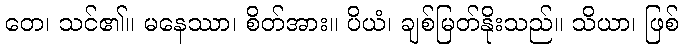
တေ၊ သင်၏။ မနေဿာ၊ စိတ်အား။ ပိယံ၊ ချစ်မြတ်နိုးသည်။ သိယာ၊ ဖြစ်